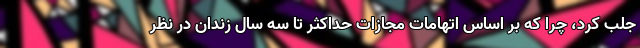
جلب کرد، چرا که بر اساس اتهامات مجازات حداکثر تا سه سال زندان در نظر